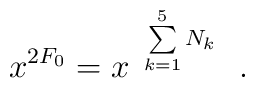
x^{2F_{\rm 0}} = x^{~\sum\limits_{k=1}^5 N_{k} }~~.